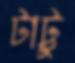
টাট্টু